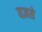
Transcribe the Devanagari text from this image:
यज्ञसे